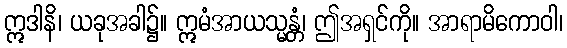
ဣဒါနိ၊ ယခုအခါ၌။ ဣမံအာယသ္မန္တံ၊ ဤအရှင်ကို။ အာရာမိကောဝါ၊